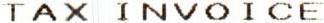
TAX INVOICE